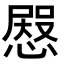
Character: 𢠬